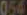
054